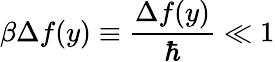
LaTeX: \beta\Delta f(y)\equiv\frac{\Delta f(y)}{\hbar}\ll 1